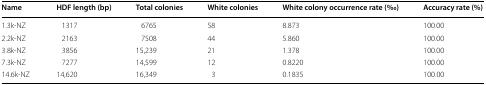
<table><thead><tr><td><b>Name</b></td><td><b>HDF length (bp)</b></td><td><b>Total colonies</b></td><td><b>White colonies</b></td><td><b>White colony occurrence rate (‰)</b></td><td><b>Accuracy rate (%)</b></td></tr></thead><tbody><tr><td>1.3k-NZ</td><td>1317</td><td>6765</td><td>58</td><td>8.873</td><td>100.00</td></tr><tr><td>2.2k-NZ</td><td>2163</td><td>7508</td><td>44</td><td>5.860</td><td>100.00</td></tr><tr><td>3.8k-NZ</td><td>3856</td><td>15,239</td><td>21</td><td>1.378</td><td>100.00</td></tr><tr><td>7.3k-NZ</td><td>7277</td><td>14,599</td><td>12</td><td>0.8220</td><td>100.00</td></tr><tr><td>14.6k-NZ</td><td>14,620</td><td>16,349</td><td>3</td><td>0.1835</td><td>100.00</td></tr></tbody></table>